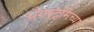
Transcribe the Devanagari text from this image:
अँगस्ट्रॉमच्या